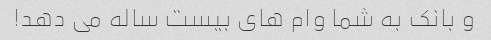
و بانک به شما وام های بیست ساله می دهد!